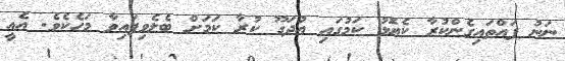
ނަނު ފައްތައިގެންކުރާ ކެޔޮޅު ކަމުގައި އުދަގޫ ކުރާ ކަމަށް ބެލެވިފައިވާ މަހެކެވެ. އެއީ